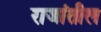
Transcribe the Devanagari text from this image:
राजांतील